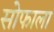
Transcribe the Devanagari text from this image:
सोफाला